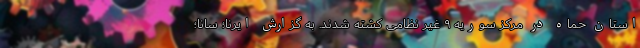
استان حماه در مرکز سوریه ۹ غیر نظامی کشته شدند. به گزارش ایرنا؛ سانا؛